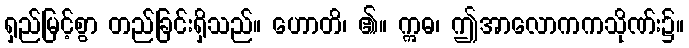
ရှည်မြင့်စွာ တည်ခြင်းရှိသည်။ ဟောတိ၊ ၏။ ဣဓ၊ ဤအာလောကကသိုဏ်း၌။